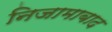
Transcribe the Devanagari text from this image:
निजामाबाद